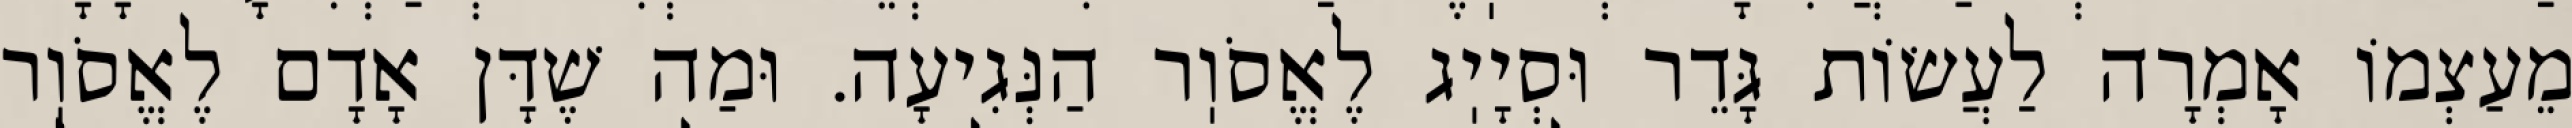
מֵעַצְמוֹ אָמְרָה לַעֲשׂוֹת גָּדֵר וּסְיָיֽג לֶאֱסֹוֽר הַנְּגִיעָה. וּמַה שֶׁדָּן אָדָם לֶאֱסֹוֽר